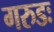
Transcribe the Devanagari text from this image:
गरुडः